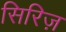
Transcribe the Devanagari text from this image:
सिरिज़